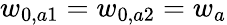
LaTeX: w_{0,a1}=w_{0,a2}=w_{a}